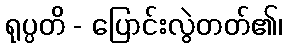
ရုပ္ပတိ - ပြောင်းလွဲတတ်၏၊